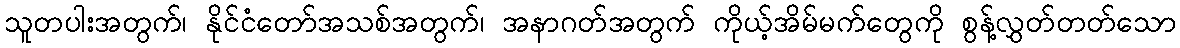
သူတပါးအတွက်၊ နိုင်ငံတော်အသစ်အတွက်၊ အနာဂတ်အတွက် ကိုယ့်အိမ်မက်တွေကို စွန့်လွှတ်တတ်သော